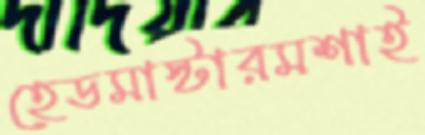
হেডমাস্টারমশাই